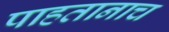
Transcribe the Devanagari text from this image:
पाहतानाच